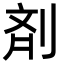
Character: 剤